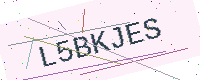
Text: L5BKJES